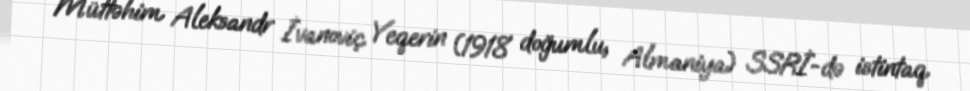
Müttəhim Aleksandr İvanoviç Yeqerin (1918 doğumlu, Almaniya) SSRİ-də istintaq